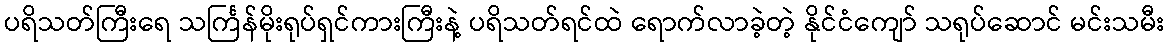
ပရိသတ်ကြီးရေ သင်္ကြန်မိုးရုပ်ရှင်ကားကြီးနဲ့ ပရိသတ်ရင်ထဲ ရောက်လာခဲ့တဲ့ နိုင်ငံကျော် သရုပ်ဆောင် မင်းသမီး